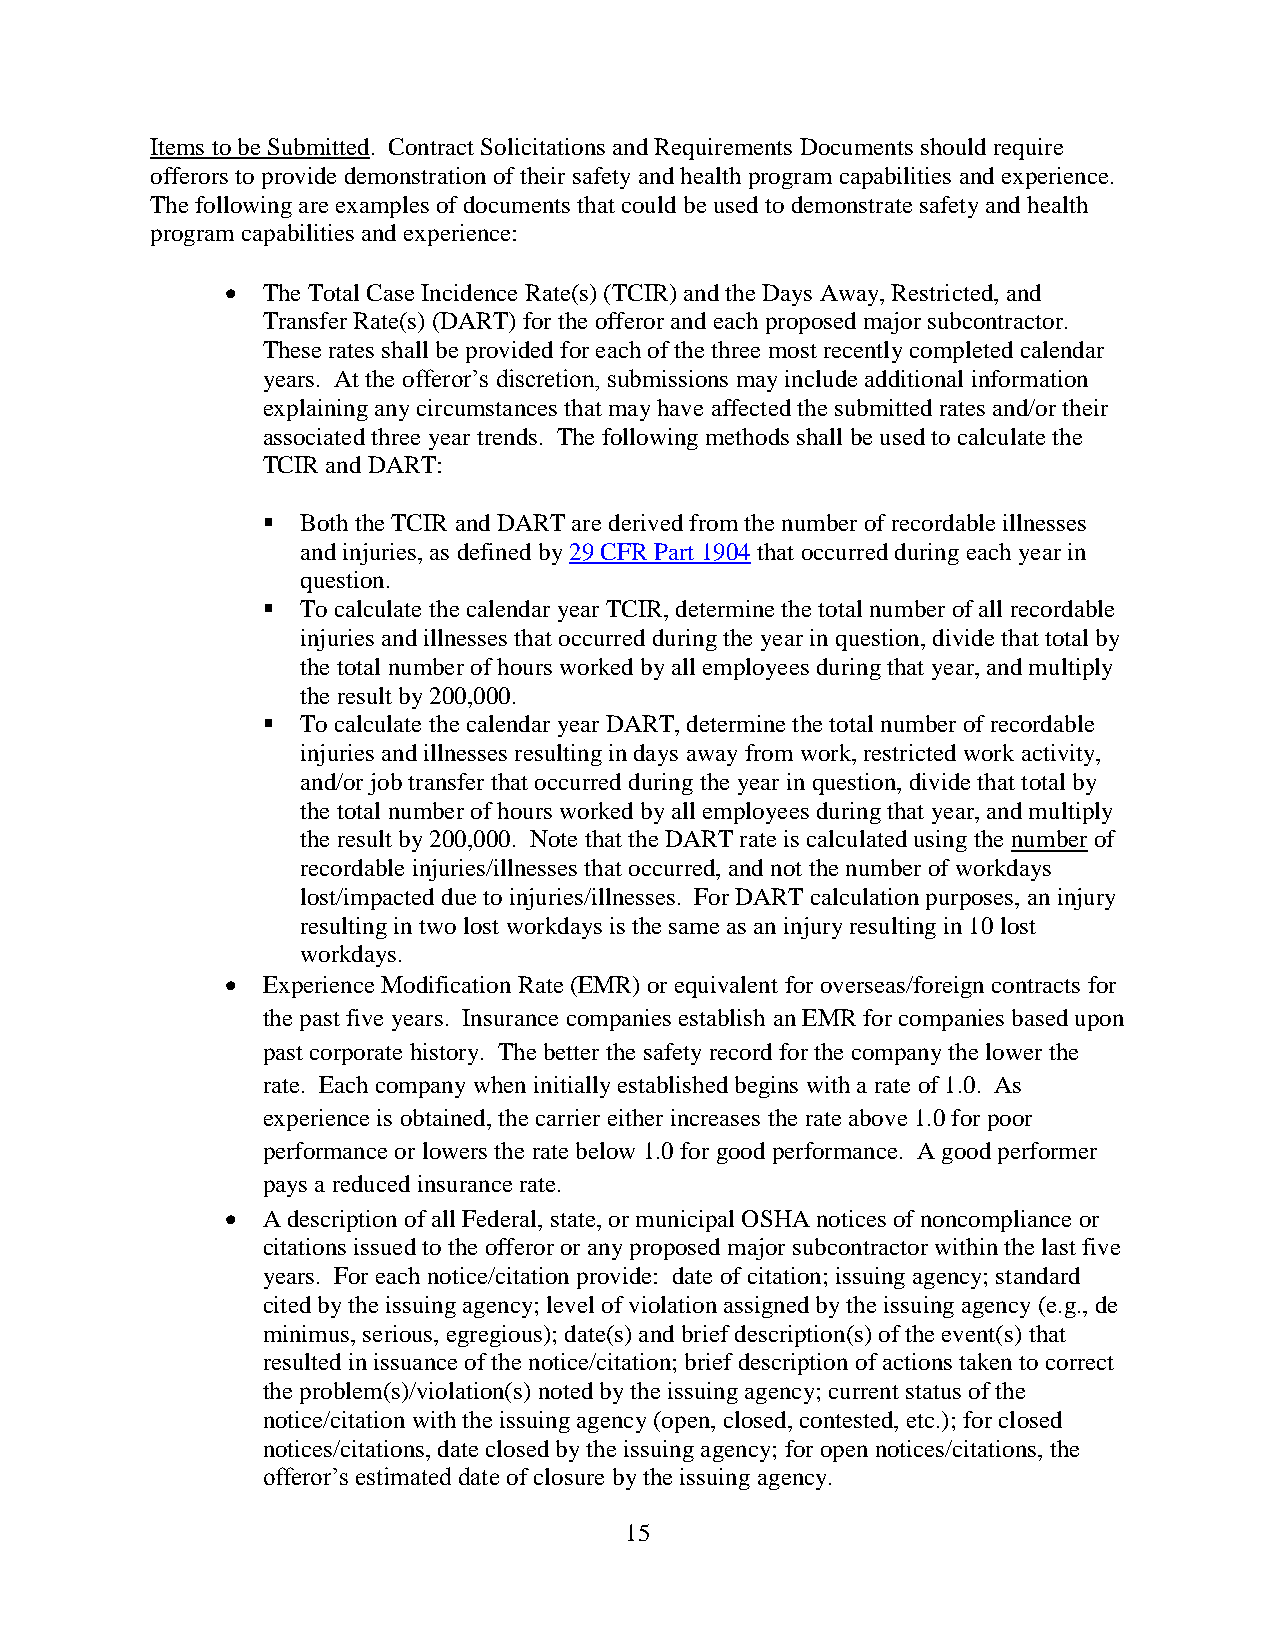
Items to be Submitted. Contract Solicitations and Requirements Documents should require
 offerors to provide demonstration of their safety and health program capabilities and experience.
 The following are examples of documents that could be used to demonstrate safety and health
 program capabilities and experience:
  The Total Case Incidence Rate(s) (TCIR) and the Days Away, Restricted, and
 Transfer Rate(s) (DART) for the offeror and each proposed major subcontractor.
 These rates shall be provided for each of the three most recently completed calendar
 years. At the offeror’s discretion, submissions may include additional information
 explaining any circumstances that may have affected the submitted rates and/or their
 associated three year trends. The following methods shall be used to calculate the
 TCIR and DART:
   Both the TCIR and DART are derived from the number of recordable illnesses
 and injuries, as defined by 29 CFR Part 1904 that occurred during each year in
 question.
   To calculate the calendar year TCIR, determine the total number of all recordable
 injuries and illnesses that occurred during the year in question, divide that total by
 the total number of hours worked by all employees during that year, and multiply
 the result by 200,000.
   To calculate the calendar year DART, determine the total number of recordable
 injuries and illnesses resulting in days away from work, restricted work activity,
 and/or job transfer that occurred during the year in question, divide that total by
 the total number of hours worked by all employees during that year, and multiply
 the result by 200,000. Note that the DART rate is calculated using the number of
 recordable injuries/illnesses that occurred, and not the number of workdays
 lost/impacted due to injuries/illnesses. For DART calculation purposes, an injury
 resulting in two lost workdays is the same as an injury resulting in 10 lost
 workdays.
  Experience Modification Rate (EMR) or equivalent for overseas/foreign contracts for
 the past five years. Insurance companies establish an EMR for companies based upon
 past corporate history. The better the safety record for the company the lower the
 rate. Each company when initially established begins with a rate of 1.0. As
 experience is obtained, the carrier either increases the rate above 1.0 for poor
 performance or lowers the rate below 1.0 for good performance. A good performer
 pays a reduced insurance rate.
  A description of all Federal, state, or municipal OSHA notices of noncompliance or
 citations issued to the offeror or any proposed major subcontractor within the last five
 years. For each notice/citation provide: date of citation; issuing agency; standard
 cited by the issuing agency; level of violation assigned by the issuing agency (e.g., de
 minimus, serious, egregious); date(s) and brief description(s) of the event(s) that
 resulted in issuance of the notice/citation; brief description of actions taken to correct
 the problem(s)/violation(s) noted by the issuing agency; current status of the
 notice/citation with the issuing agency (open, closed, contested, etc.); for closed
 notices/citations, date closed by the issuing agency; for open notices/citations, the
 offeror’s estimated date of closure by the issuing agency.
 15